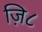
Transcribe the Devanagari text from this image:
ज़ि८